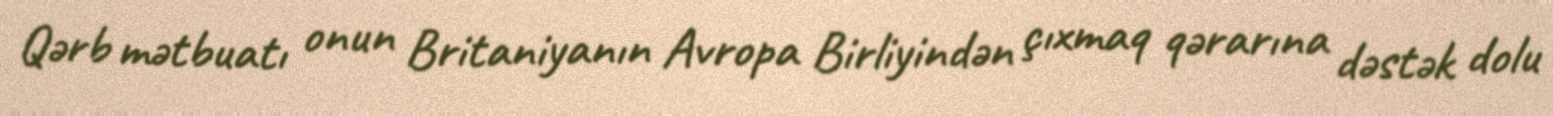
Qərb mətbuatı onun Britaniyanın Avropa Birliyindən çıxmaq qərarına dəstək dolu